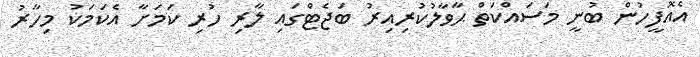
އެއޮފީހުން ބުނީ މަސައްކަތް ޙާވާލުކުރިއިރު ބަޖެޓްގައި ލާރި ހުރި ކަމަށާ އެކަމަކު މިހާރު